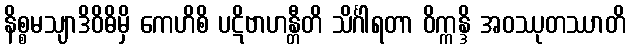
နိစ္စမသျာဒိဝိဓိမှိ ကေဟိစိ ပဋိဗာဟန္တီတိ သိင်္ဂါရတာ ဝိက္ကန္ဒိ အဝဿုတဿာတိ